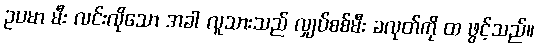
ဥပမာ မီး လင်းလိုသော အခါ လူသားသည် လျှပ်စစ်မီး ခလုတ်ကို ထ ဖွင့်သည်။